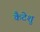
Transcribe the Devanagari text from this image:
कैटेशु